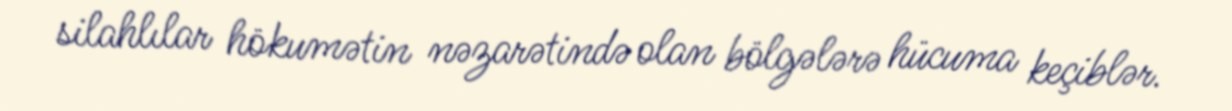
silahlılar hökumətin nəzarətində olan bölgələrə hücuma keçiblər.